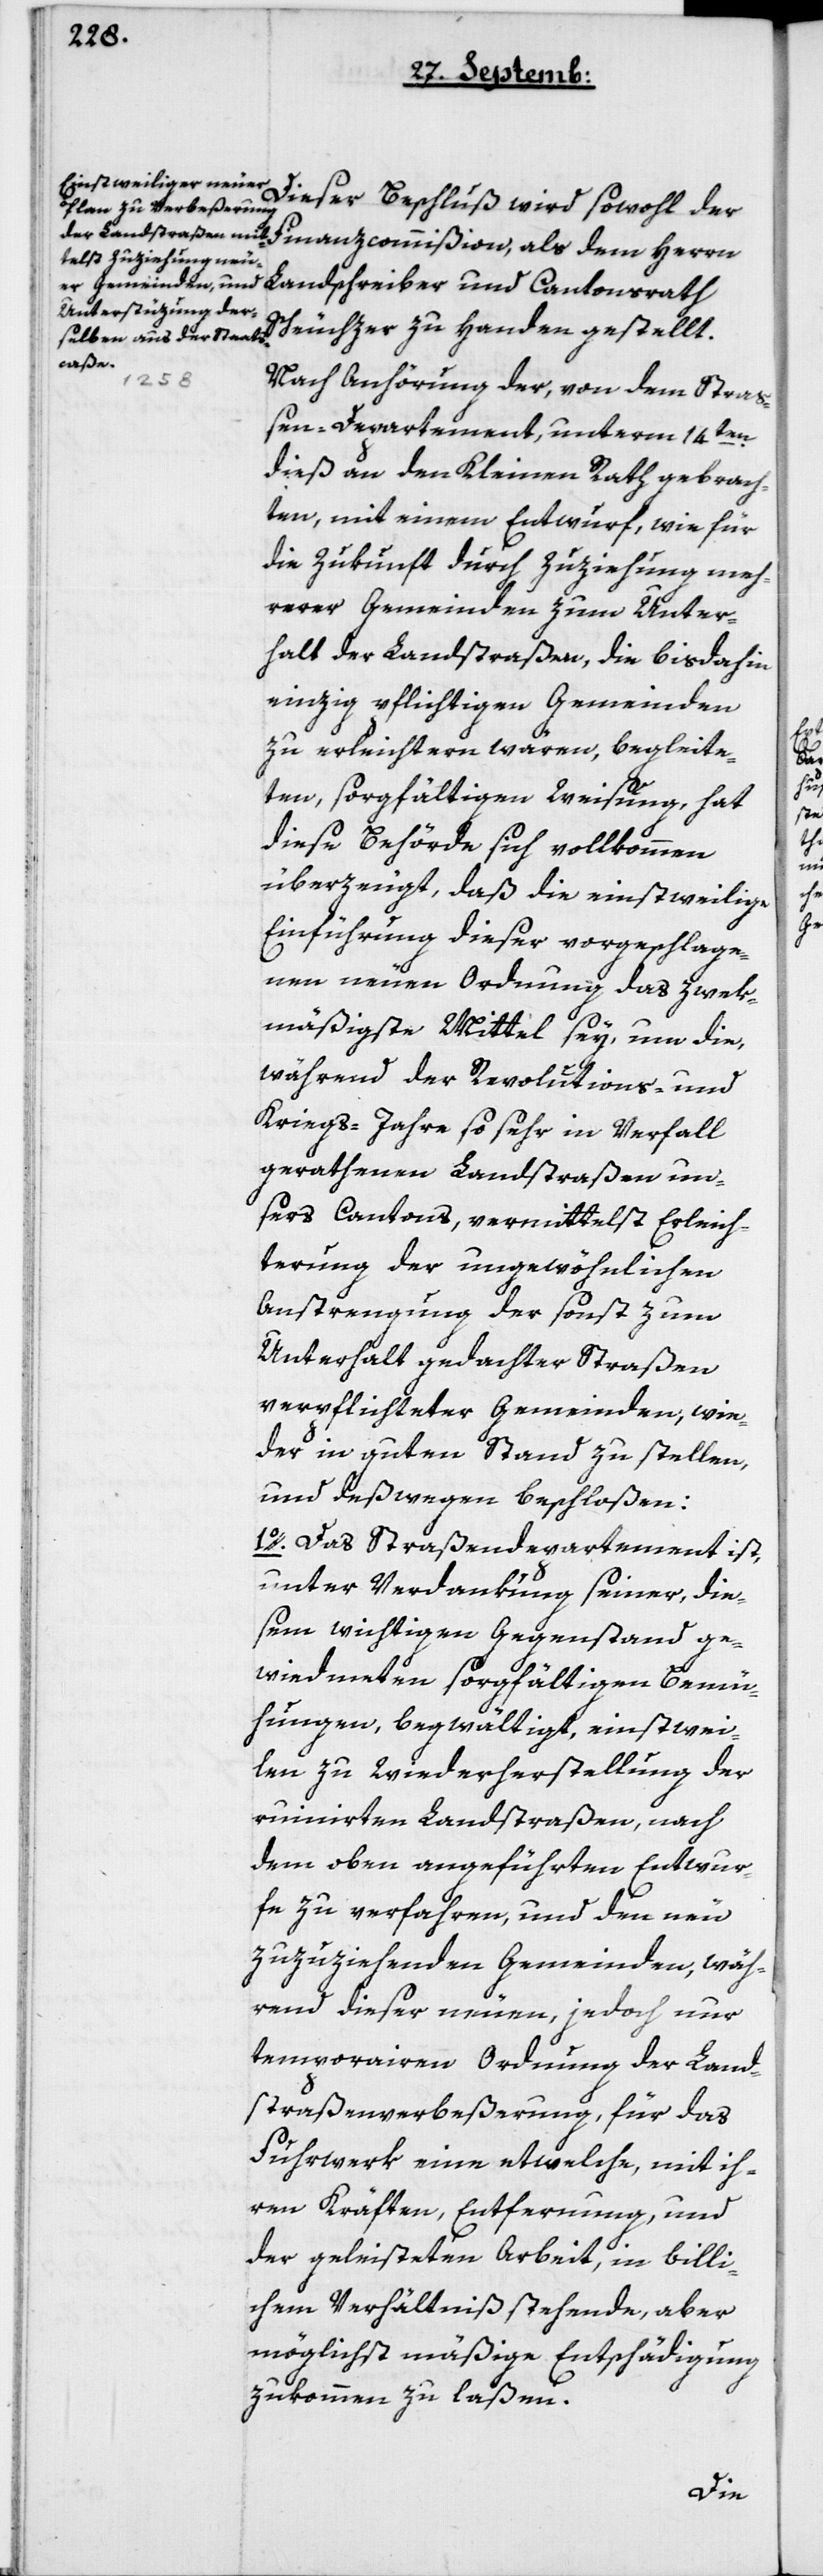
Dieser Beschluß wird sowohl der
Finanzcommißion als dem Herrn
Landschreiber und Cantonsrath
Scheuchzer zu Handen gestellt.
Nach Anhörung der, von dem Straß¬
en-Departement, unterm 14ten
dieß an den Kleinen Rath gebrach¬
ten, mit einem Entwurf, wie für
die Zukunft durch Zuziehung meh¬
rerer Gemeinden zum Unter¬
halt der Landstraßen, die bis dahin
einzig pflichtigen Gemeinden
zu erleichtern wären, begleite¬
ten, sorgfältigen Weisung, hat
diese Behörde sich vollkommen
überzeugt, daß die einstweilige
Einführung dieser vorgeschlage¬
nen neuen Ordnung das zwek¬
mäßigste Mittel sey, um die,
während der Revolutions- und
Kriegs-Jahre so sehr in Verfall
gerathenen Landstraßen un¬
sers Cantons, vermittelst Erleich¬
terung der ungewöhnlichen
Anstrengung der sonst zum
Unterhalt gedachter Straßen
verpflichteter Gemeinden, wie¬
der in guten Stand zu stellen,
und deswegen beschloßen:
1o. Das Straßendepartement ist,
unter Verdankung seiner, die¬
sem wichtigen Gegenstand ge¬
widmeten sorgfältigen Bemü¬
hungen, begwältigt, einstwei¬
len zu Wiederherstellung der
ruinierten Landstraßen, nach
dem oben angeführten Entwur¬
fe zu verfahren, und den neu
zuzuziehenden Gemeinden, wäh¬
rend dieser neuen, jedoch nur
temporairen Ordnung der Land¬
straßenverbeßerung, für das
Fuhrwerk eine etwelche, mit ih¬
ren Kräften, Entfernung und
der geleisteten Arbeit, in billi¬
chem Verhältnis stehende, aber
möglichst mäßige Entschädigung
zukommen zu laßen.